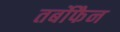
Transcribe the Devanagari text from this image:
तर्बोफैन